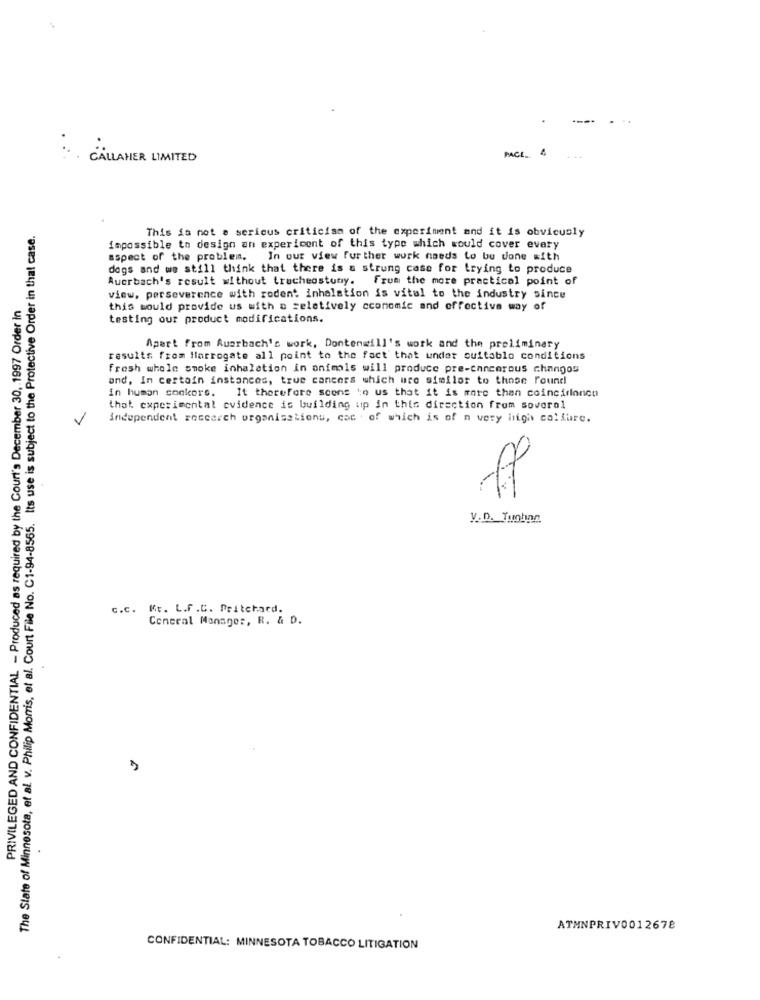
PACL_ 4
GALLAHER LIMITED
The State of Minnesota, et al. v. Philip Morris, et al. Court File No. C1-94-8565. Its use is subject to the Protective Order in that case.
This is not a serious criticism of the experiment and it is obviously
impossible to design an expericent of this type which would cover every
aspect of the problem. In our view further work needs to be done with
dogs and we still think that there is & strung case for trying to produce
Auerbach's result without tracheostuny. from the more practical point of
PRIVILEGED AND CONFIDENTIAL - Produced as required by the Court's December 30, 1997 Order In
view, perseverence with rodent inhalation is vital to the industry since
this would provide us with a relatively economic and effective way of
testing our product modifications.
Apart from Auerbach's work, Dontenwill's work and the preliminary
results from Harrogate all point to the fact that under cuitablo conditions
Fresh whole smoke inhalation in animals will produce pre-cancerous changos
and, In certain instances, true cancers which ure similar to those Found
in human sookors. It therefore scons to us that it is more than coincironen
that experimental evidence is building up in this direction from soverol
independent research organisationu, coc of which is of n very high co!fure.
y.D. Tutinn
c.c. Kt. L.f .C. Pritchard.
Conceal Manager, R. & D.
ATMNPRIV0012678
CONFIDENTIAL: MINNESOTA TOBACCO LITIGATION